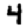
Digit: 4